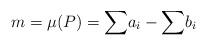
LaTeX: \begin{align*}m=\mu(P)={\displaystyle\sum}a_{i}-{\displaystyle\sum}b_{i}\end{align*}